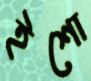
ইশো